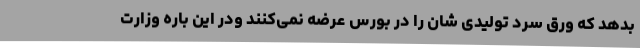
بدهد که ورق سرد تولیدی شان را در بورس عرضه نمی‌کنند ودر این باره وزارت